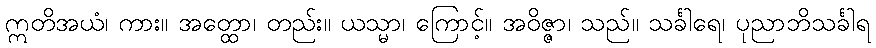
ဣတိအယံ၊ ကား။ အတ္ထော၊ တည်း။ ယသ္မာ၊ ကြောင့်။ အဝိဇ္ဇာ၊ သည်။ သင်္ခါရေ၊ ပုညာဘိသင်္ခါရ